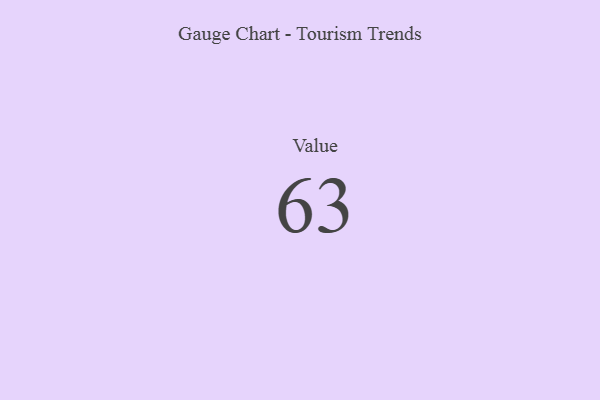
{"axis": {"x": "Metric", "y": "Value"}, "legend": [""], "data": [{"x": "Value", "y": 63, "type": ""}]}